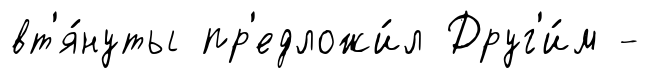
вт'я́нуты пр'едложи́л Друг'и́м -